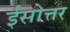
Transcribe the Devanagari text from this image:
ईसोत्तर